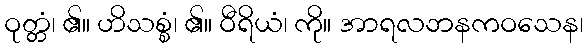
ဝုတ္တံ၊ ၏။ ဟိသစ္စံ၊ ၏။ ဝီရိယံ၊ ကို။ အာရလဘနကဝသေန၊